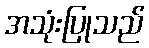
အသုံးပြုသည်